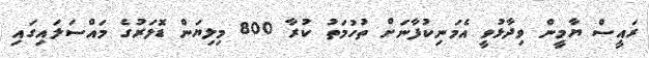
ރައީސް ޔާމީން ވިދާޅުވީ އެމަނިކުފާނަށް ތުހުމަތު ކުރާ 800 މިލިޔަން ޑޮލަރުގެ މައްސަލައިގައި